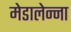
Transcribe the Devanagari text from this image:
मेडालेन्ना